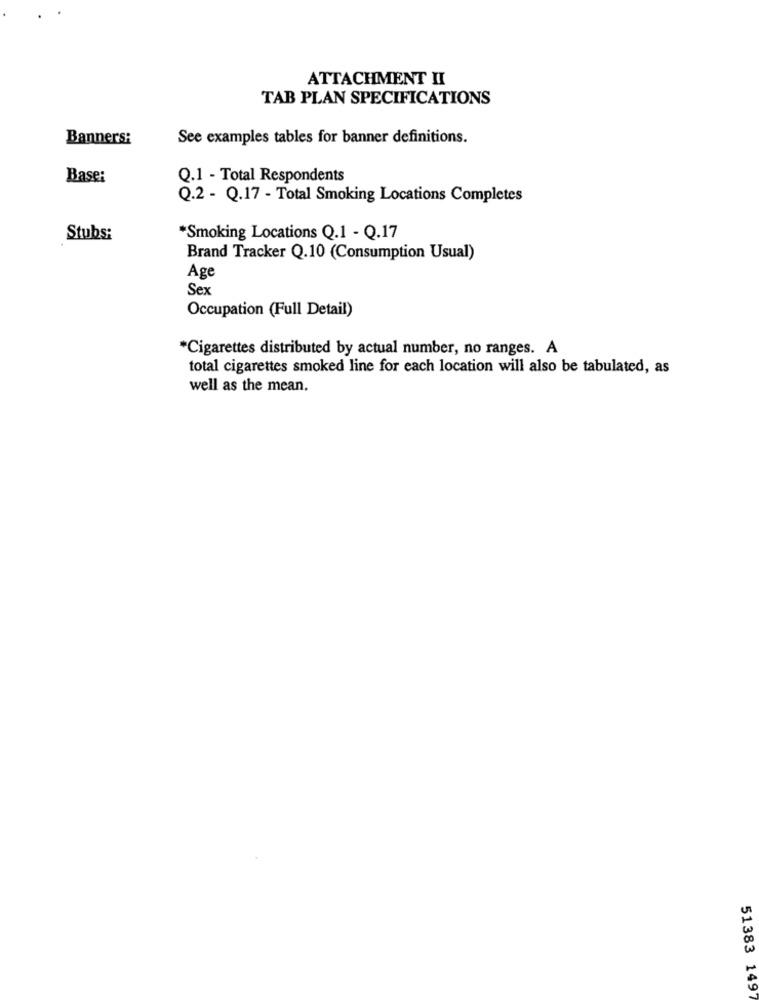
ATTACHMENT II
TAB PLAN SPECIFICATIONS
Banners:
See examples tables for banner definitions.
Base:
Q.1 - Total Respondents
Q.2 - Q.17 - Total Smoking Locations Completes
Stubs:
*Smoking Locations Q.1 - Q.17
Brand Tracker Q.10 (Consumption Usual)
Age
Sex
Occupation (Full Detail)
*Cigarettes distributed by actual number, no ranges. A
total cigarettes smoked line for each location will also be tabulated, as
well as the mean.
51383 1497